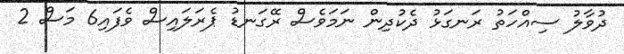
ދުވާލު ސިއްހަތު ރަނގަޅު ދެކުދިން ނަމަވެސް ރޭގަނޑު ޕެރަލައިސް ވެފައި6 މަސް 2